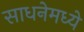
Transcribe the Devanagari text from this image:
साधनेमध्ये